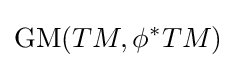
\operatorname {GM} (TM,\phi ^{*}TM)